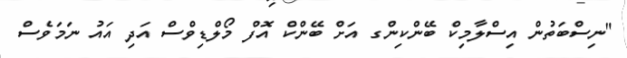
"ނިސްބަތުން އިސްލާމިކް ބޭންކިންގ އަށް ބޭންކް އޮފް މޯލްޑިވްސް އަދި އައު ނަމަވެސް